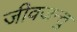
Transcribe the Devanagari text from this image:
जीवजन्तु